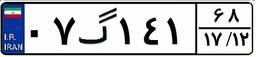
۰۷گ۱۴۱۶۸